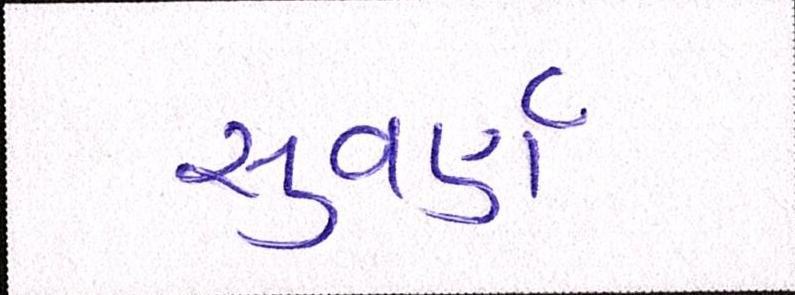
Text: સુવર્ણ